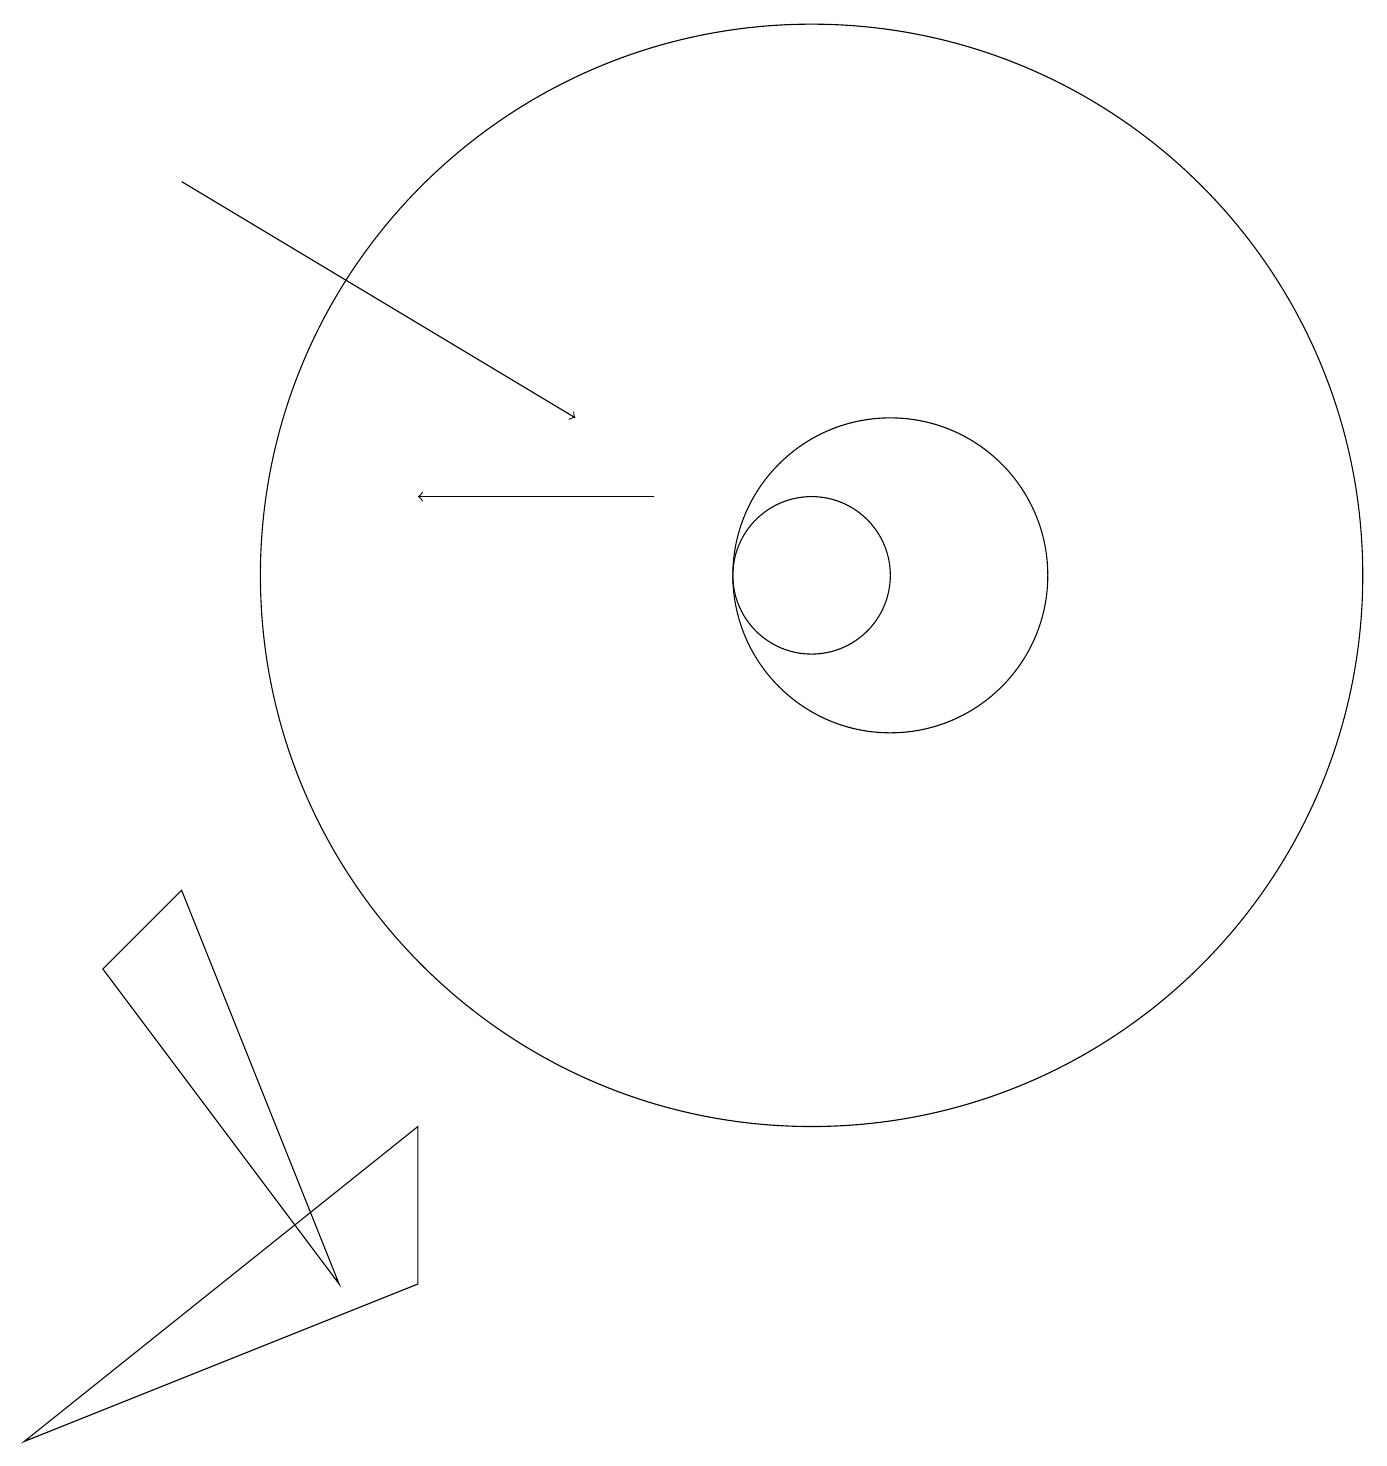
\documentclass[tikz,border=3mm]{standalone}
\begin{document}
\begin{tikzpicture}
\draw[->] (2,16) -- (7,13);
\draw (5,4) -- (0,0) -- (5,2) -- cycle;
\draw[->] (8,12) -- (5,12);
\draw (10,11) circle (1);
\draw (11,11) circle (2);
\draw (10,11) circle (7);
\draw (4,2) -- (1,6) -- (2,7) -- cycle;
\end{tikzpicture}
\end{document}